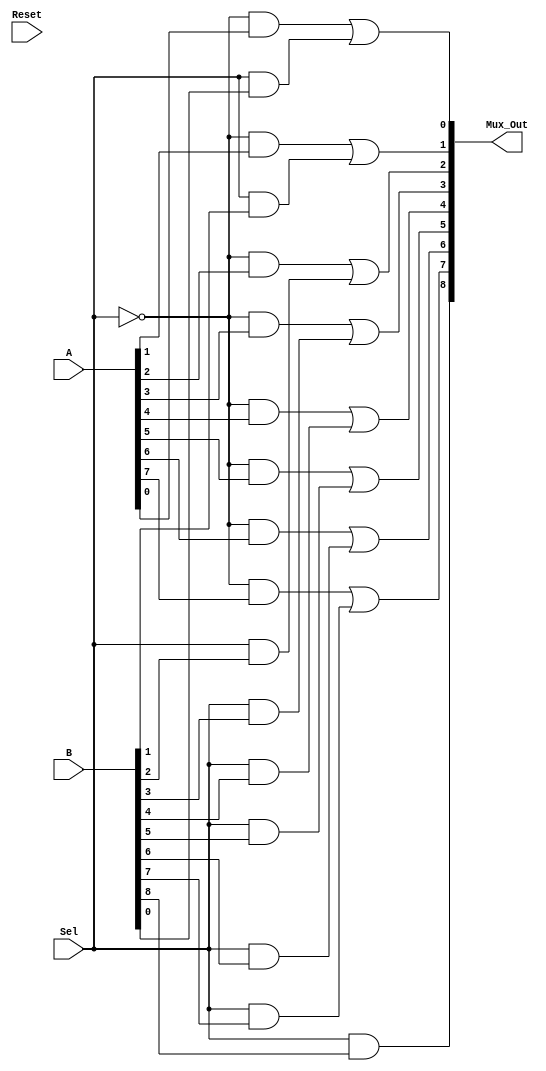
module Nine_Bit_MUX(Mux_Out,A,B,Sel,Reset);
	input [8:0] A;
	input [8:0] B;
	input Sel, Reset;
	output [8:0] Mux_Out;
	wire w1,w2,w3,w4,w5,w6,w7,w8,w9,w10,w11,w12,w13,w14,w15;
	assign A[8] = 1'b0;
	and n1(w1,~Sel,A[0]);
	and n2(w2,Sel,B[0]);
	or o1(Mux_Out[0],w1,w2);
	and n3(w3,~Sel,A[1]);
	and n4(w4,Sel,B[1]);
	or o2(Mux_Out[1],w3,w4);
	and n5(w5,~Sel,A[2]);
	and n6(w6,Sel,B[2]);
	or o3(Mux_Out[2],w5,w6);
	and n7(w7,~Sel,A[3]);
	and n8(w8,Sel,B[3]);
	or o4(Mux_Out[3],w7,w8);
	and n9(w9,~Sel,A[4]);
	and n10(w10,Sel,B[4]);
	or o5(Mux_Out[4],w9,w10);
	and n11(w11,~Sel,A[5]);
	and n12(w12,Sel,B[5]);
	or o6(Mux_Out[5],w11,w12);
	and n13(w13,~Sel,A[6]);
	and n14(w14,Sel,B[6]);
	or o7(Mux_Out[6],w13,w14);
	and n15(w15,~Sel,A[7]);
	and n16(w16,Sel,B[7]);
	or o8(Mux_Out[7],w15,w16);
	and n17(w17,~Sel,A[8]);
	and n18(w18,Sel,B[8]);
	or o9(Mux_Out[8],w17,w18);
endmodule